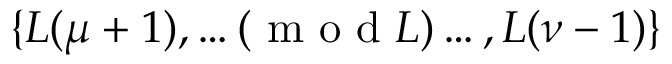
\{ L ( \mu + 1 ) , \ldots ( \textrm { m o d } L ) \ldots , L ( \nu - 1 ) \}